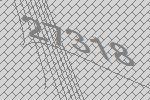
27318